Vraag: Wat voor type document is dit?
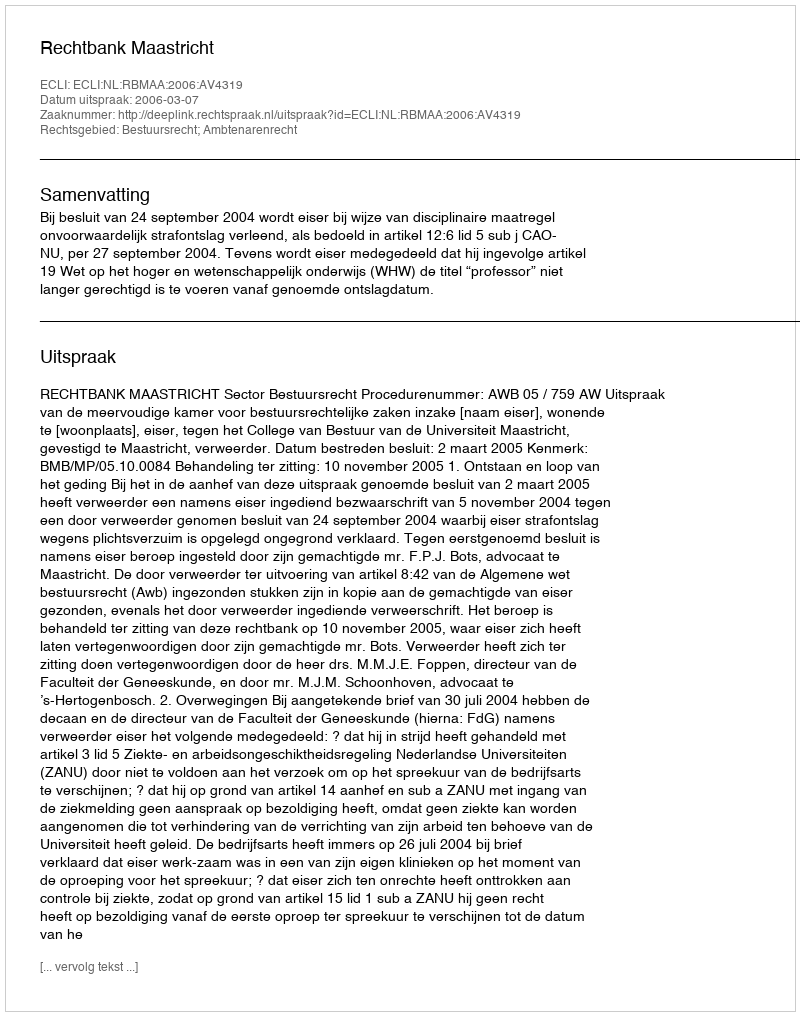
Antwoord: Uitspraak